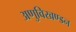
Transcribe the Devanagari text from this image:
अणुविखण्डन